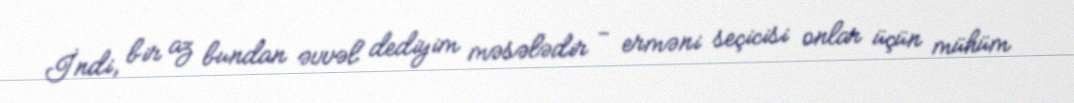
İndi, bir az bundan əvvəl dediyim məsələdir - erməni seçicisi onlar üçün mühüm